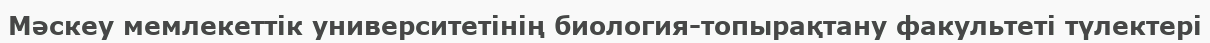
Мәскеу мемлекеттік университетінің биология-топырақтану факультеті түлектері